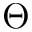
\Theta